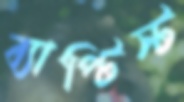
ব্যাপ্টিস্ট